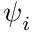
\boldsymbol { \psi } _ { i }